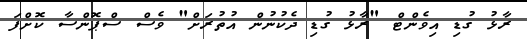
ރާޅު ގުޑި އިވެންޓް "ރާޅު ގުޑި ދެކުނުން އުތުރަށް" ވެސް ސްޕޮންސާ ކޮށްފަ